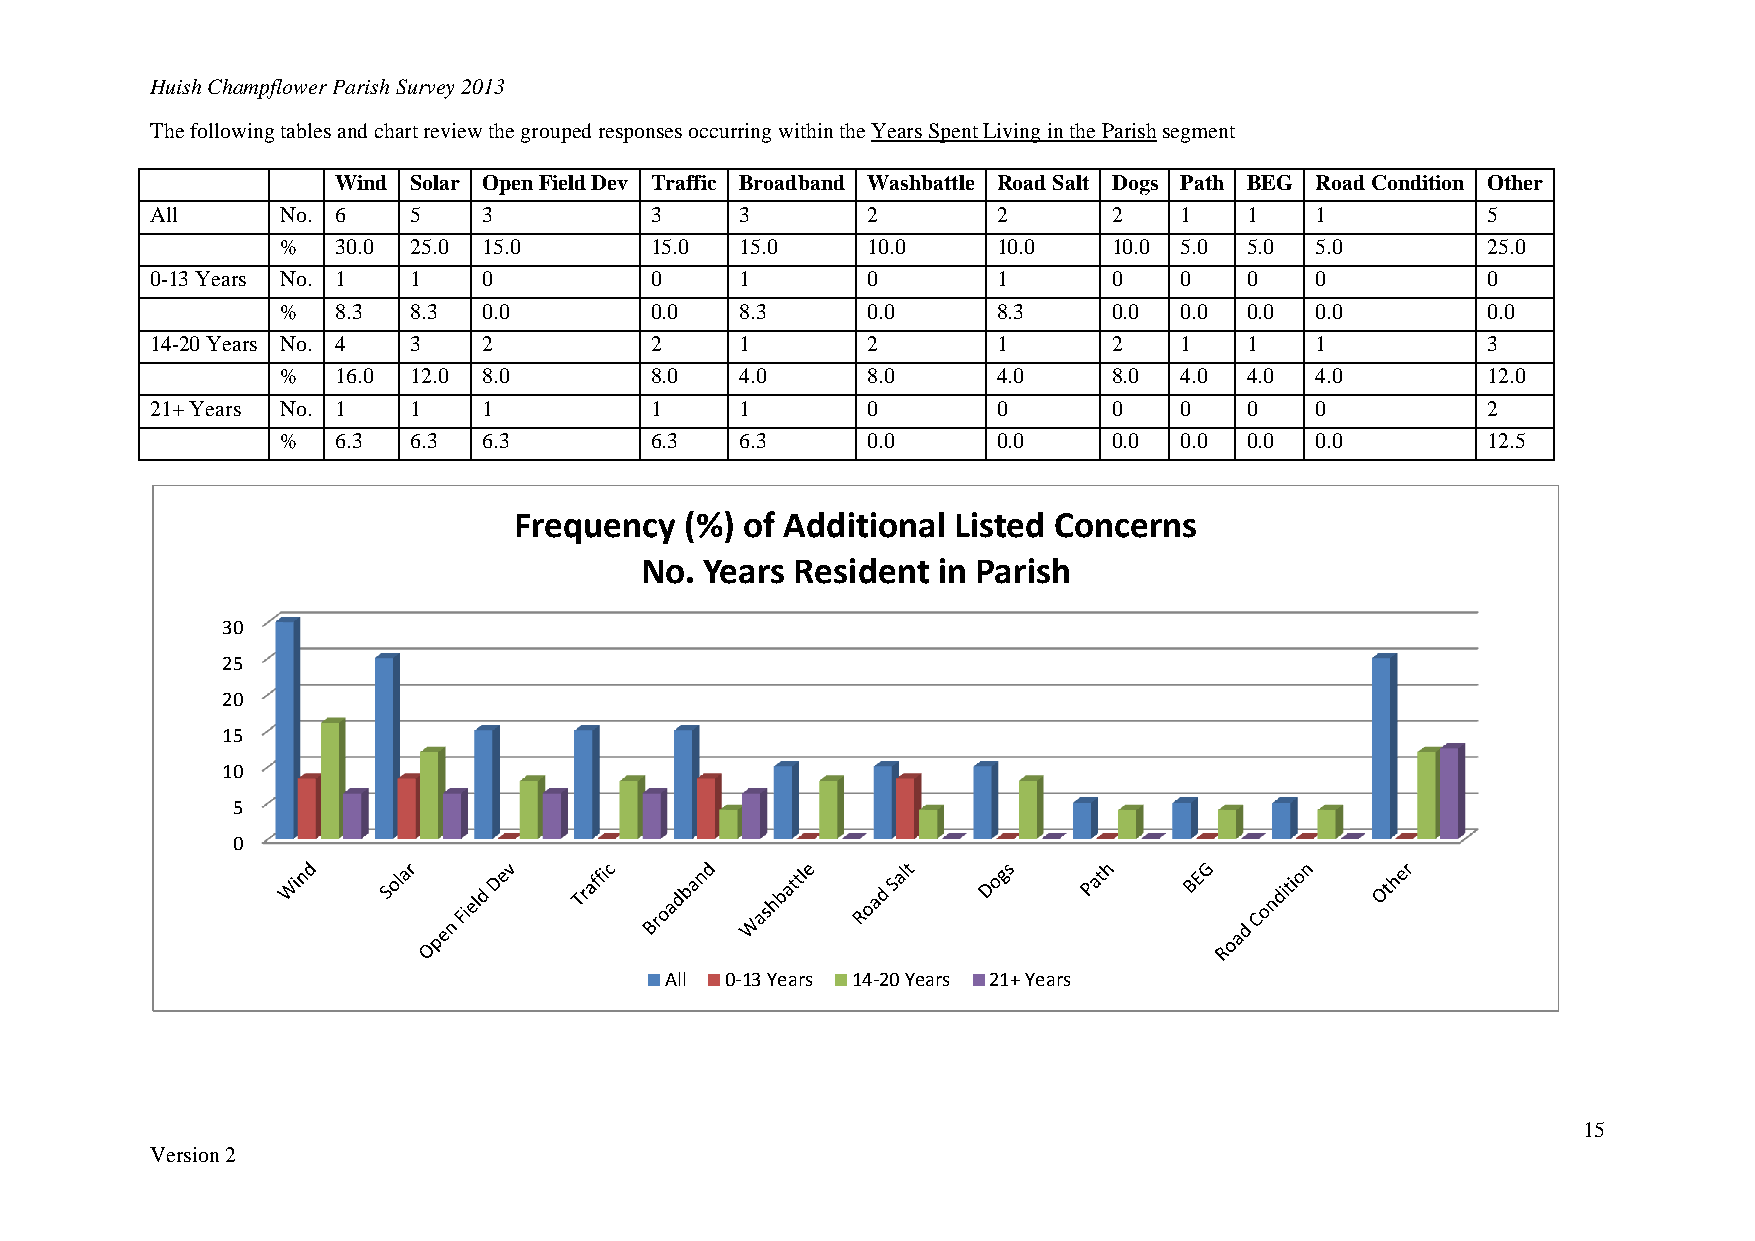
Huish Champflower Parish Survey 2013
 The following tables and chart review the grouped responses occurring within the Years Spent Living in the Parish segment
 Wind Solar Open Field Dev Traffic Broadband Washbattle Road Salt Dogs Path BEG Road Condition Other
 All      No. 6   5    3          3     3       2        2       2   1   1    1          5
 %  30.0 25.0 15.0       15.0  15.0    10.0     10.0    10.0 5.0 5.0 5.0        25.0
 0-13 Years No. 1 1    0          0     1       0        1       0   0   0    0          0
 %  8.3  8.3  0.0        0.0   8.3     0.0      8.3     0.0 0.0 0.0  0.0        0.0
 14-20 Years No. 4 3   2          2     1       2        1       2   1   1    1          3
 %  16.0 12.0 8.0        8.0   4.0     8.0      4.0     8.0 4.0 4.0  4.0        12.0
 21+ Years No. 1  1    1          1     1       0        0       0   0   0    0          2
 %  6.3  6.3  6.3        6.3   6.3     0.0      0.0     0.0 0.0 0.0  0.0        12.5
 Frequency  (%) of Additional Listed Concerns
 No.  Years Resident in Parish
 30
 25
 20
 15
 10
 5
 0
 All 0-13 Years 14-20 Years 21+ Years
 15
 Version 2